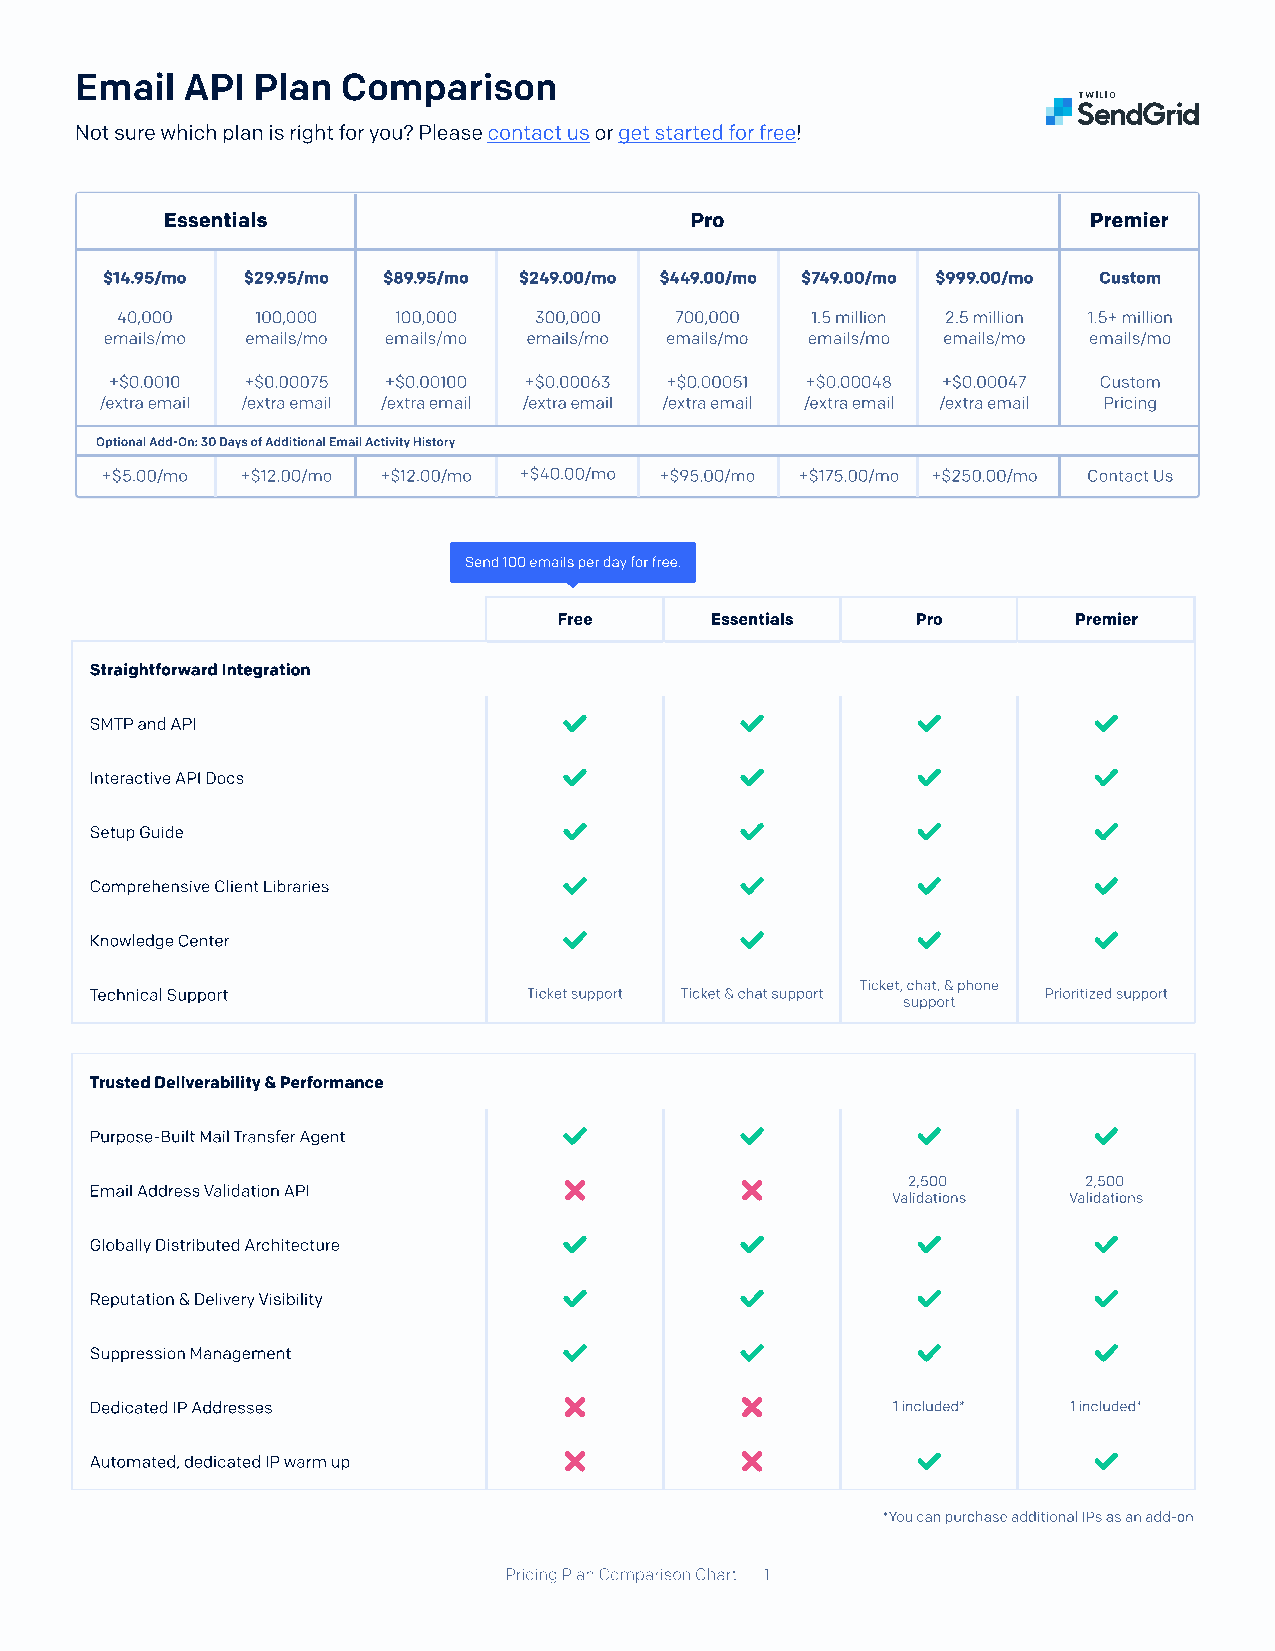
Email  API  Plan  Comparison
 Not sure which plan is right for you? Please contact us or get started for free!
 Essentials                         Pro                       Premier
 $14.95/mo $29.95/mo $89.95/mo $249.00/mo $449.00/mo $749.00/mo $999.00/mo Custom
 40,000   100,000  100,000  300,000   700,000  1.5 million  2.5 million  1.5+ million
 emails/mo emails/mo emails/mo emails/mo emails/mo emails/mo emails/mo emails/mo
 +$0.0010  +$0.00075  +$0.00100  +$0.00063  +$0.00051  +$0.00048  +$0.00047  Custom 
 /extra email /extra email /extra email /extra email /extra email /extra email /extra email Pricing
 Optional Add-On: 30 Days of Additional Email Activity History
 +$5.00/mo +$12.00/mo +$12.00/mo +$40.00/mo +$95.00/mo +$175.00/mo +$250.00/mo Contact Us
 Send 100 emails per day for free.
 Free      Essentials    Pro       Premier
 Straightforward Integration
 SMTP and API
 Interactive API Docs
 Setup Guide
 Comprehensive Client Libraries
 Knowledge Center
 Ticket, chat, & phone
 Technical Support            Ticket support Ticket & chat support Prioritized support
 support
 Trusted Deliverability & Performance
 Purpose-Built Mail Transfer Agent
 2,500       2,500
 Email Address Validation API
 Validations Validations
 Globally Distributed Architecture
 Reputation & Delivery Visibility
 Suppression Management
 Dedicated IP Addresses                               1 included* 1 included*
 Automated, dedicated IP warm up
 *You can purchase additional IPs as an add-on
 Pricing Plan Comparison Chart | 1